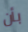
بأن